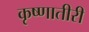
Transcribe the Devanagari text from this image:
कृष्णातीरी